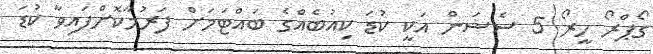
ގޯޕްރޯ ހީރޯ 5 ސެޝަން އަކީ ކުޑަ ކިއުބެއްގެ ބައްޓަމަށް ފަރުމާކޮށްފައިވާ ކުޑަ